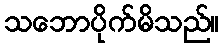
သဘောပိုက်မိသည်။